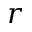
r